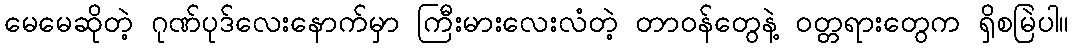
မေမေဆိုတဲ့ ဂုဏ်ပုဒ်လေးနောက်မှာ ကြီးမားလေးလံတဲ့ တာဝန်တွေနဲ့ ဝတ္တရားတွေက ရှိစမြဲပါ။